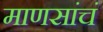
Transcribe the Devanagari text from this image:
माणसांचं